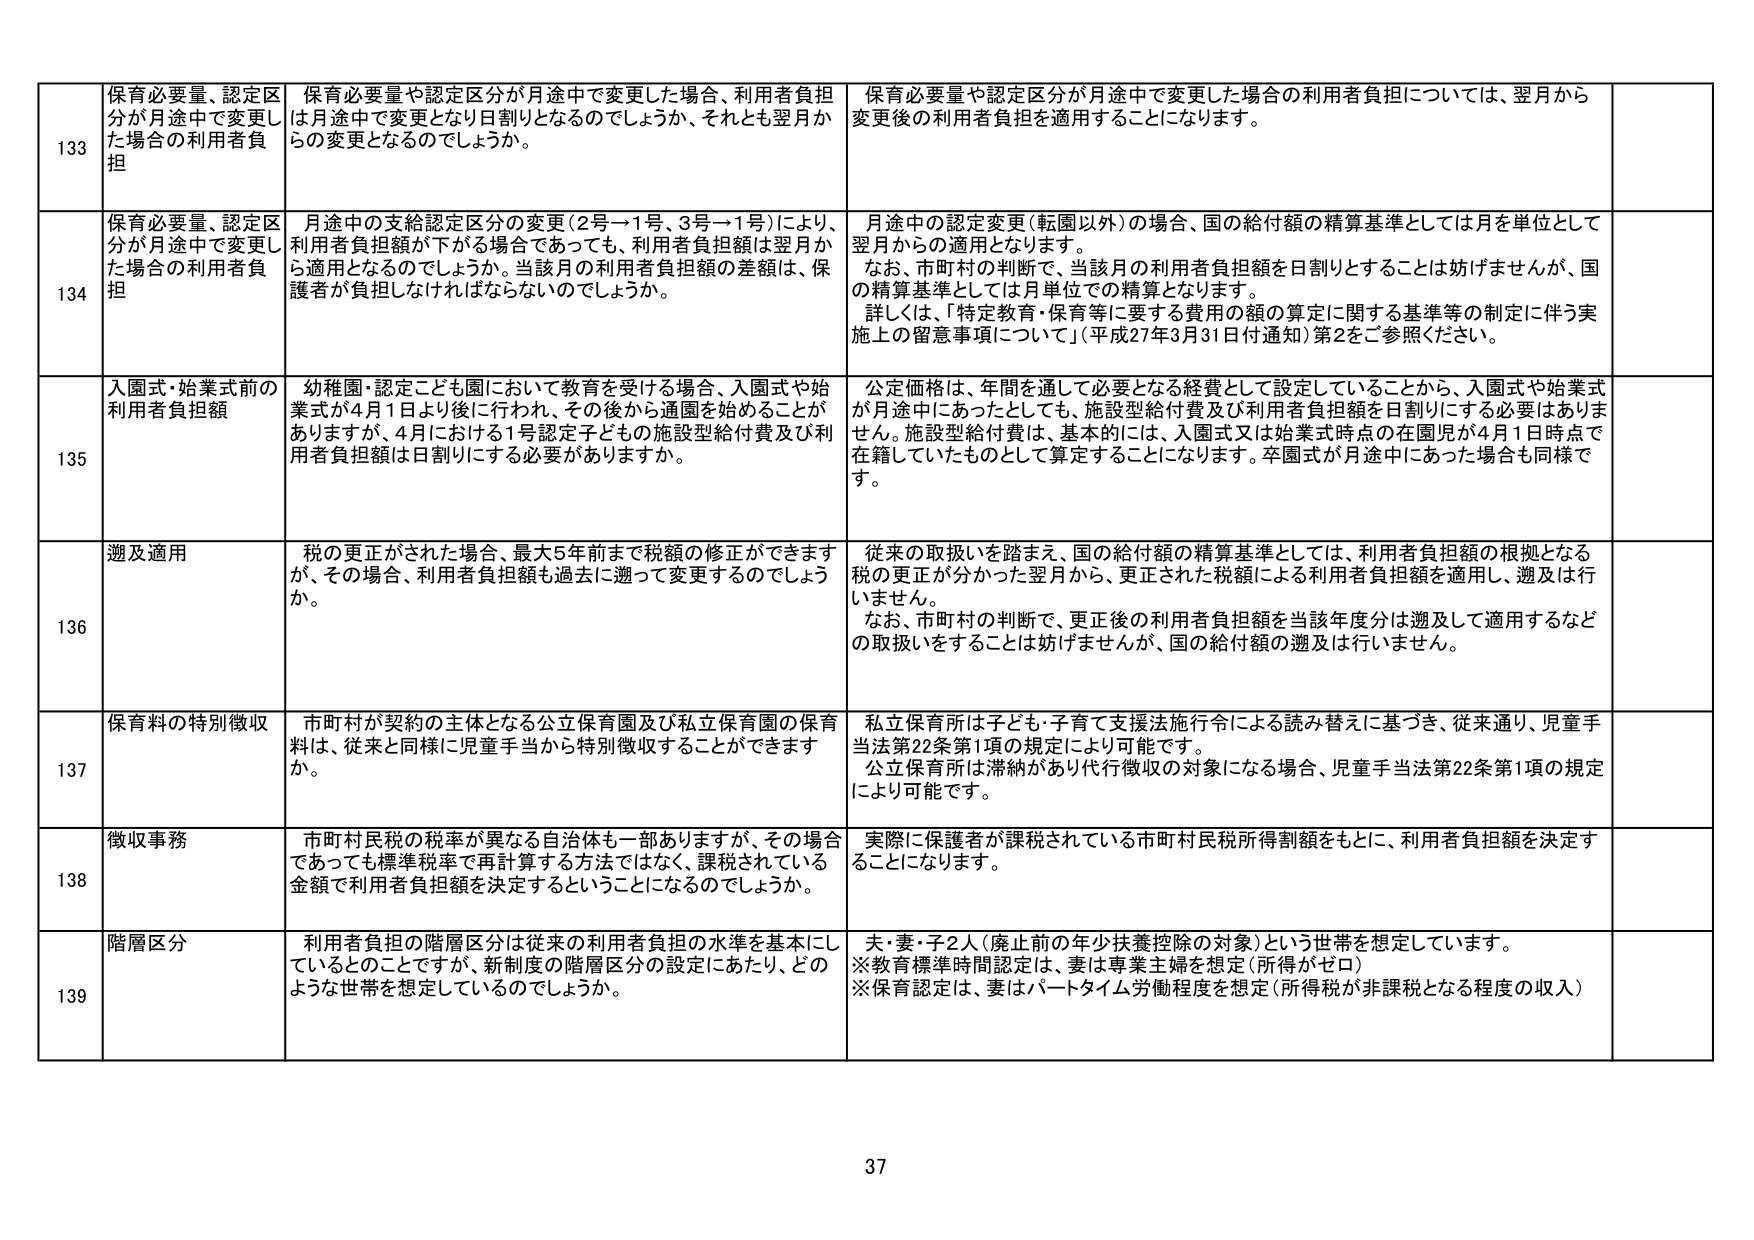
133 保育必要量、認定区分が月途中で変更した場合の利用者負担
保育必要量や認定区分が月途中で変更した場合、利用者負担は月途中で変更となり日割りとなるのでしょうか、それとも翌月からの変更となるのでしょうか。
保育必要量や認定区分が月途中で変更した場合の利用者負担については、翌月から変更後の利用者負担を適用することになります。

134 保育必要量、認定区分が月途中で変更した場合の利用者負担
月途中の支給認定区分の変更（2号→1号、3号→1号）により、利用者負担額が下がる場合であっても、利用者負担額は翌月から適用となるのでしょうか。当該月の利用者負担額の差額は、保護者が負担しなければならないのでしょうか。
月途中の認定変更（転園以外）の場合、国の給付額の精算基準としては月を単位として翌月からの適用となります。
なお、市町村の判断で、当該月の利用者負担額を日割りとすることは妨げませんが、国の精算基準としては月単位での精算となります。
詳しくは、「特定教育・保育等に要する費用の額の算定に関する基準等の制定に伴う実施上の留意事項について」（平成27年3月31日付通知）第2をご参照ください。

135 入園式・始業式前の利用者負担額
幼稚園・認定こども園において教育を受ける場合、入園式や始業式が4月1日より後に行われ、その後から通園を始めることがあります。4月における1号認定子どもの施設型給付費及び利用者負担額は日割りにする必要がありますか。
公定価格は、年間を通じて必要となる経費として設定していることから、入園式や始業式が月途中にあったとしても、施設型給付費及び利用者負担額を日割りにする必要はありません。施設型給付費は、基本的には、入園式又は始業式時点の在園児が4月1日時点で在籍していたものとして算定することになります。卒園式が月途中にあった場合も同様です。

136 遡及適用
税の更正がされた場合、最大5年前まで税額の修正ができますが、その場合、利用者負担額も過去に遡って変更するのでしょうか。
従来の取扱いを踏まえ、国の給付額の精算基準としては、利用者負担額の根拠となる税の更正が分かった翌月から、更正された税額による利用者負担額を適用し、遡及は行いません。
なお、市町村の判断で、更正後の利用者負担額を当該年度分は遡及して適用するなどの取扱いをすることは妨げませんが、国の給付額の遡及は行いません。

137 保育料の特別徴収
市町村が契約の主体となる公立保育園及び私立保育園の保育料は、従来と同様に児童手当から特別徴収することができますか。
私立保育所は子ども・子育て支援法施行令による読み替えに基づき、従来通り、児童手当法第22条第1項の規定により可能です。
公立保育所は滞納があり代行徴収の対象になる場合、児童手当法第22条第1項の規定により可能です。

138 徴収事務
市町村民税の税率が異なる自治体も一部ありますが、その場合であっても標準税率で再計算する方法ではなく、課税されている金額で利用者負担額を決定するということになるのでしょうか。
実際に保護者が課税されている市町村民税所得割額をもとに、利用者負担額を決定することになります。

139 階層区分
利用者負担の階層区分は従来の利用者負担の水準を基本にしているとのことですが、新制度の階層区分の設定にあたり、どのような世帯を想定しているのでしょうか。
夫・妻・子2人（廃止前の年少扶養控除の対象）という世帯を想定しています。
※教育標準時間認定は、妻は専業主婦を想定（所得がゼロ）
※保育認定は、妻はパートタイム労働程度を想定（所得税が非課税となる程度の収入）

37